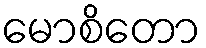
မောစိတော